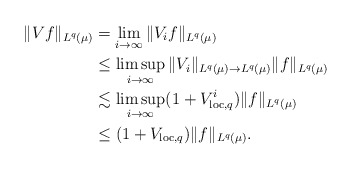
\begin{align*}\|Vf\|_{L^q(\mu)} &= \lim_{i \to \infty} \|V_if\|_{L^q(\mu)} \\ &\le \limsup_{i \to \infty} \|V_i\|_{L^q(\mu) \to L^q(\mu)} \|f\|_{L^q(\mu)} \\&\lesssim \limsup_{i \to \infty} (1+V_{\textup{loc}, q}^i) \|f\|_{L^q(\mu)} \\&\le (1 + V_{\textup{loc}, q}) \|f\|_{L^q(\mu)}.\end{align*}